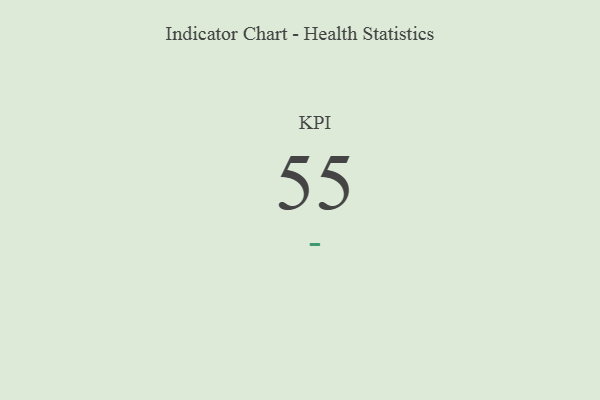
{"axis": {"x": "KPI", "y": "Value"}, "legend": [""], "data": [{"x": "KPI", "y": 55, "type": ""}]}